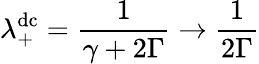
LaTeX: \lambda_{+}^{\mathrm{dc}}=\frac{1}{\gamma+2\Gamma}\rightarrow\frac{1}{2\Gamma}